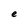
Character: e